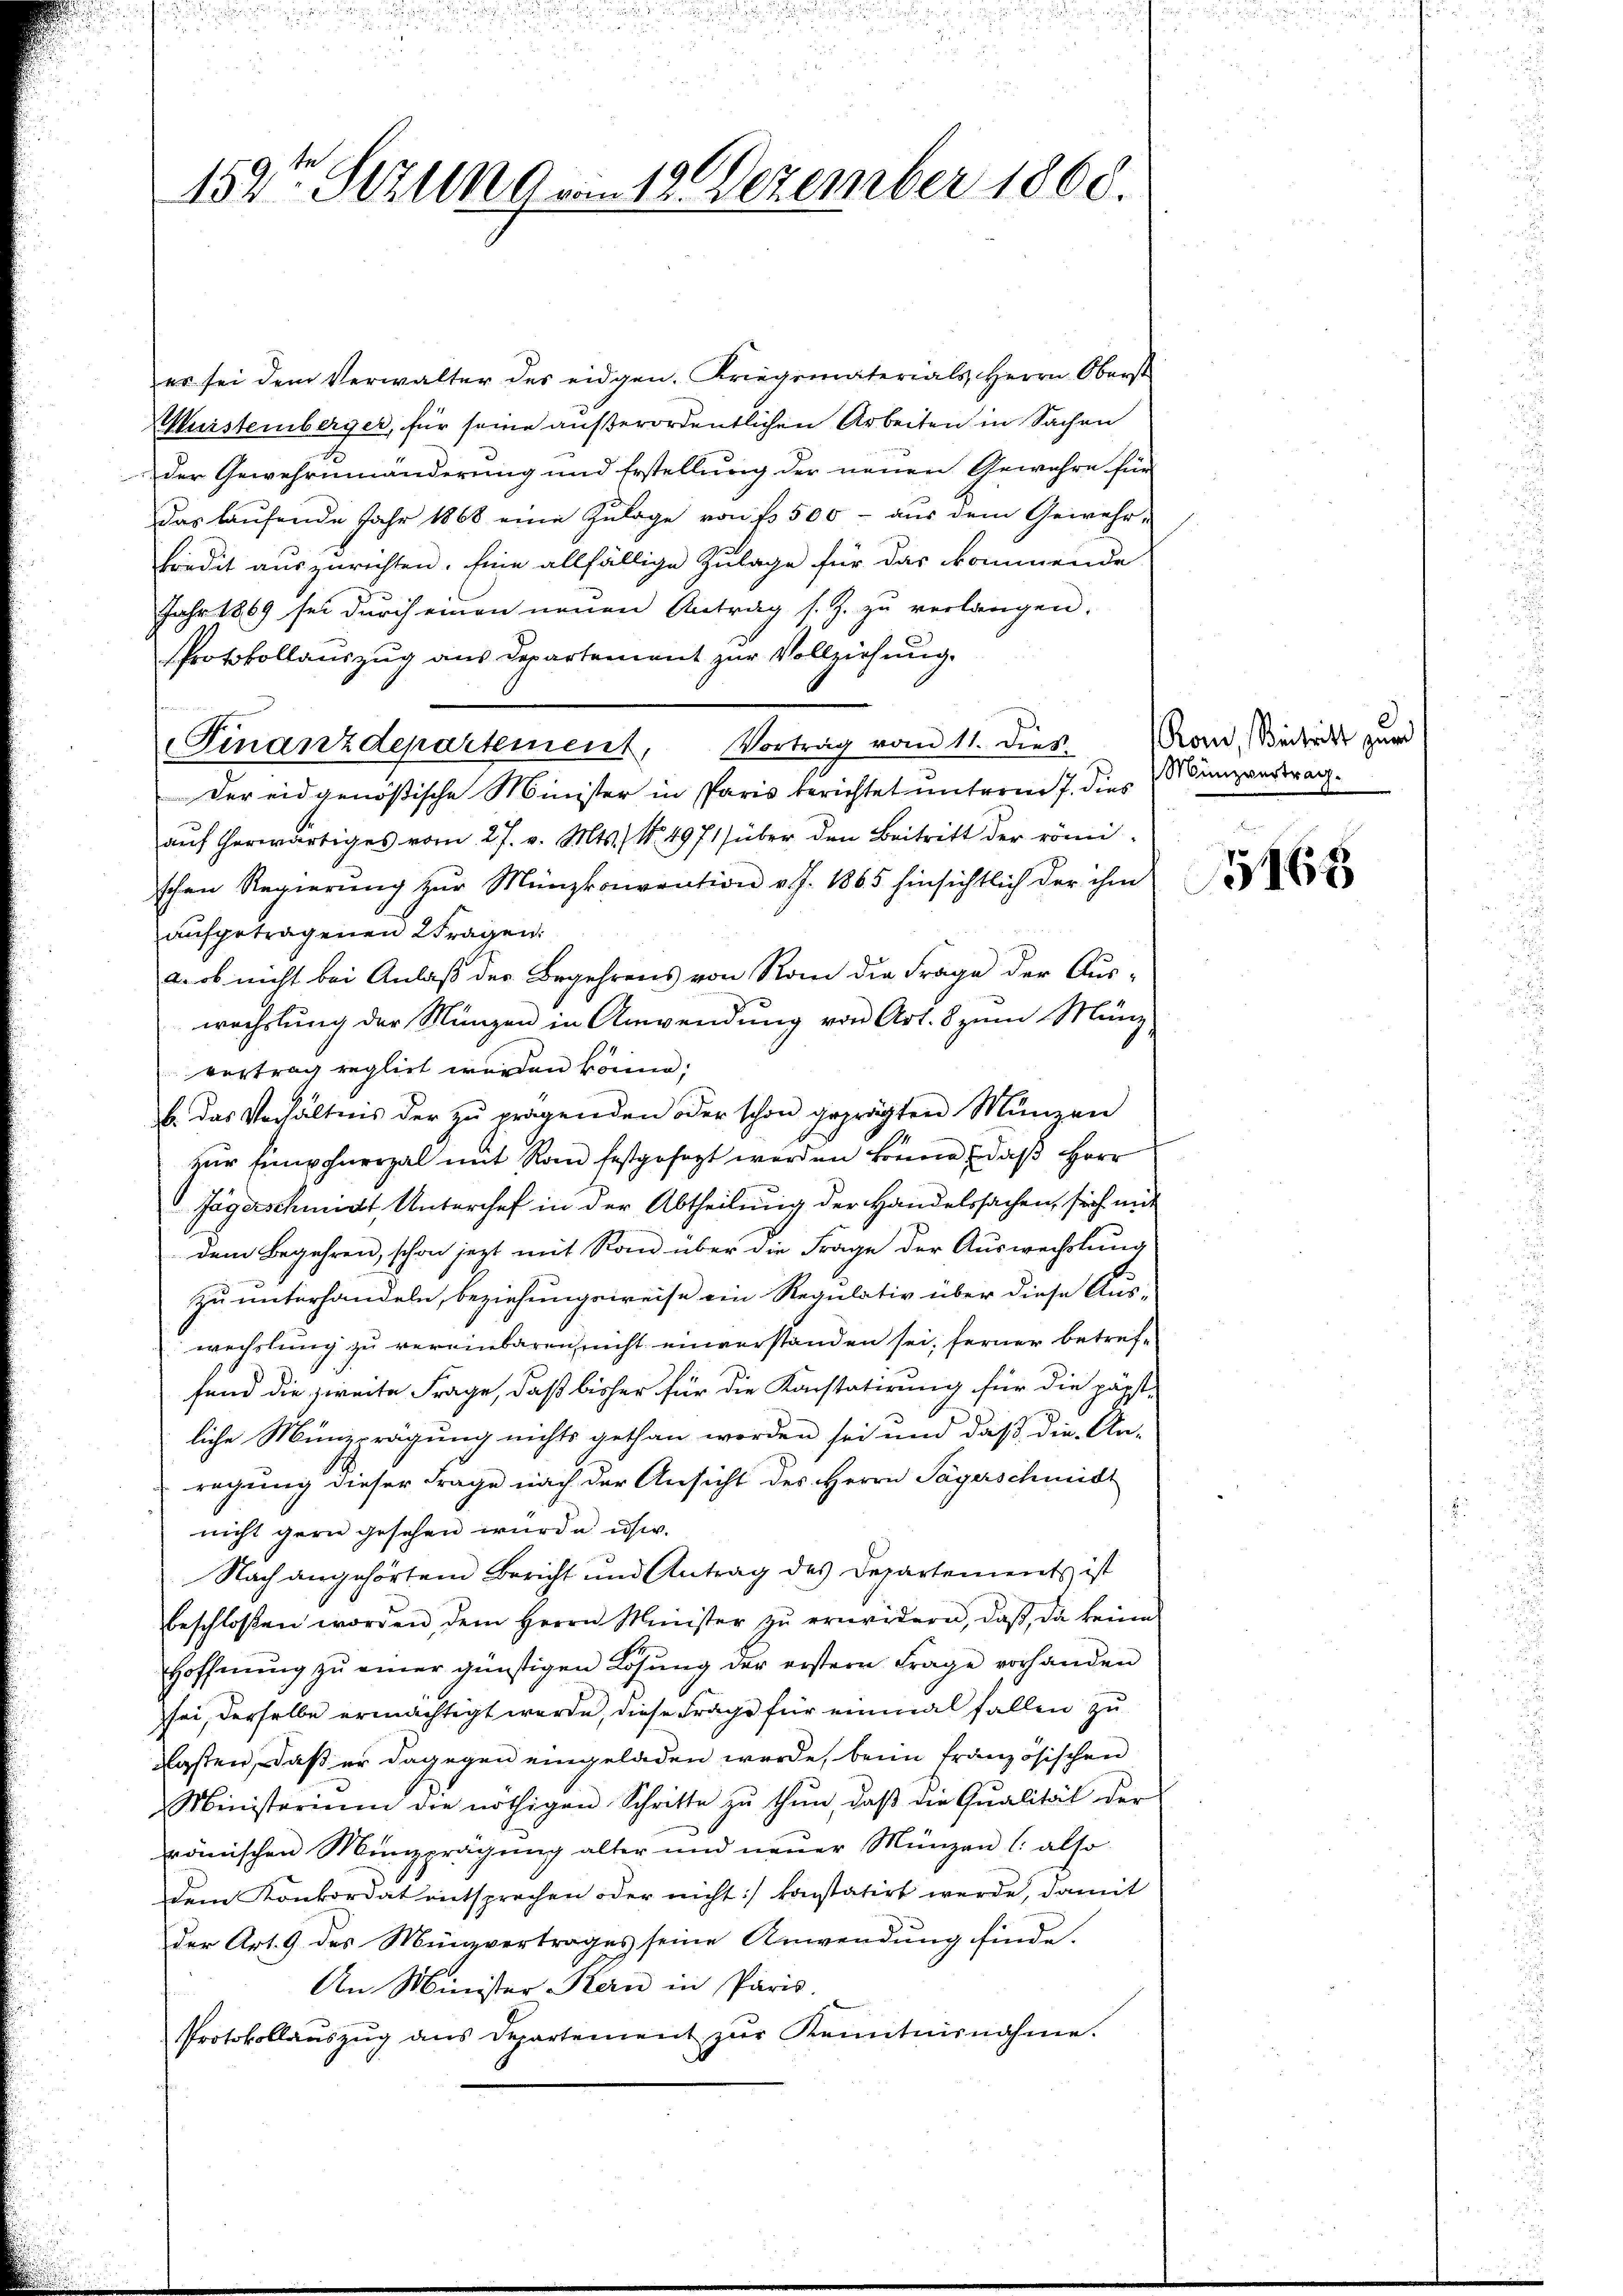
152. Sezung am 18. Dezember 1860.

er sei dem Verwalter des eidgen. Kriegsmaterials, Herrn Oberst
Murstemberger, für seine außerordentlichen Arbeiten in Sachen
der Gewehrnmnänderung und Erstellung der neuen Gewahre für
Das laŭfende Jahr 1868 eine Zulage von 1 500 - aus dem Gewehr-
Fredit auszurichten. Eine allfällige Zulage für das kommende
Jahr 1869 sei durch einen neuen Antrag s. Z. zŭ verlangen.
Protokollauszug aus Departement zur Vollziehung.
Finanzdepartement, Vortrag vom 11. Dies-
Der eidgenößische Minister in Paris berichtet unterm 7. dies anzvertrag.
aŭf herwärtiges vom 27. v. Mts., N. 4971) über den Beitritt der römi-
schen Regierŭng zŭr Münzkonvention v. J. 1865 hinsichtlich der ihm
aufgetragenen tragen:
a. ob nicht bei Anlaß des Begehrens von Rom die Frage der Aus-
wechslung der Münzen in Anwendung von Art. 8 zum Münz
vertrag reglicht werden könne;
b. das Verhältnis der zŭ pragenden oder schon geprägten Münzen
zur Einwohnerzal mit Rain festgesagt werden könne, daß Herr
Jägerschmidt Unterchef in der Abtheilung der Handelssachen, sich mit
dem Begehren, schon jetzt mit Rain über die Frage der Auswechslung
zu unterhandeln, beziehungsweise ein Regulativ über diese Aus-
wechslung zu vereinbaren, nicht einverstanden sei; ferner betreffend die zweite Frage, daß bisher für die Konstatirung für die päpst-
liche Münzprägung nichts gethan worden sei und daß die An-
regung dieser Frage nach der Ansicht des Herrn Sagerschmidt
nicht gern gesehen wurde usw.
Nach angehörtem Bericht und Antrag des Departements ist
beschlossen worden, dem Herrn Minister zŭ erneidern, daβ da keine
Hoffnung zu einer günstigen Lösung der erstern Frage vorhanden
sei, derselbe ermächtigt werde, diese Frage für einmal fallen zu
gsten, daß er dagegen eingeladen werde, beim französischen
Ministerium die nöthigen Schritte zŭ thŭn, daβ die Qualität der
römischen Münzprägung alter und neŭer Münzen (: also
dem Konkordat entsprechen oder nicht konstatirt werde, damit
der Art. 9 des Münzvertrages seine Anwendung finde.
An Minister Kern in Paris.
Protokollauszug aus Departement zŭr Kenntnisnahme.

Rom, Beitritt zum

5165